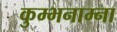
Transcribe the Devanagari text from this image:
कुम्भनाम्ना